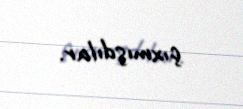
çıxmışdılar.